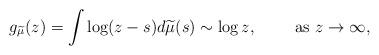
LaTeX: \begin{align*}g_{\widetilde\mu}(z)=\int\log(z-s)d\widetilde\mu(s)\sim \log z,\qquad\mbox{ as $z\to\infty$},\end{align*}